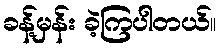
ခန့်မှန်း ခဲ့ကြပါတယ်။